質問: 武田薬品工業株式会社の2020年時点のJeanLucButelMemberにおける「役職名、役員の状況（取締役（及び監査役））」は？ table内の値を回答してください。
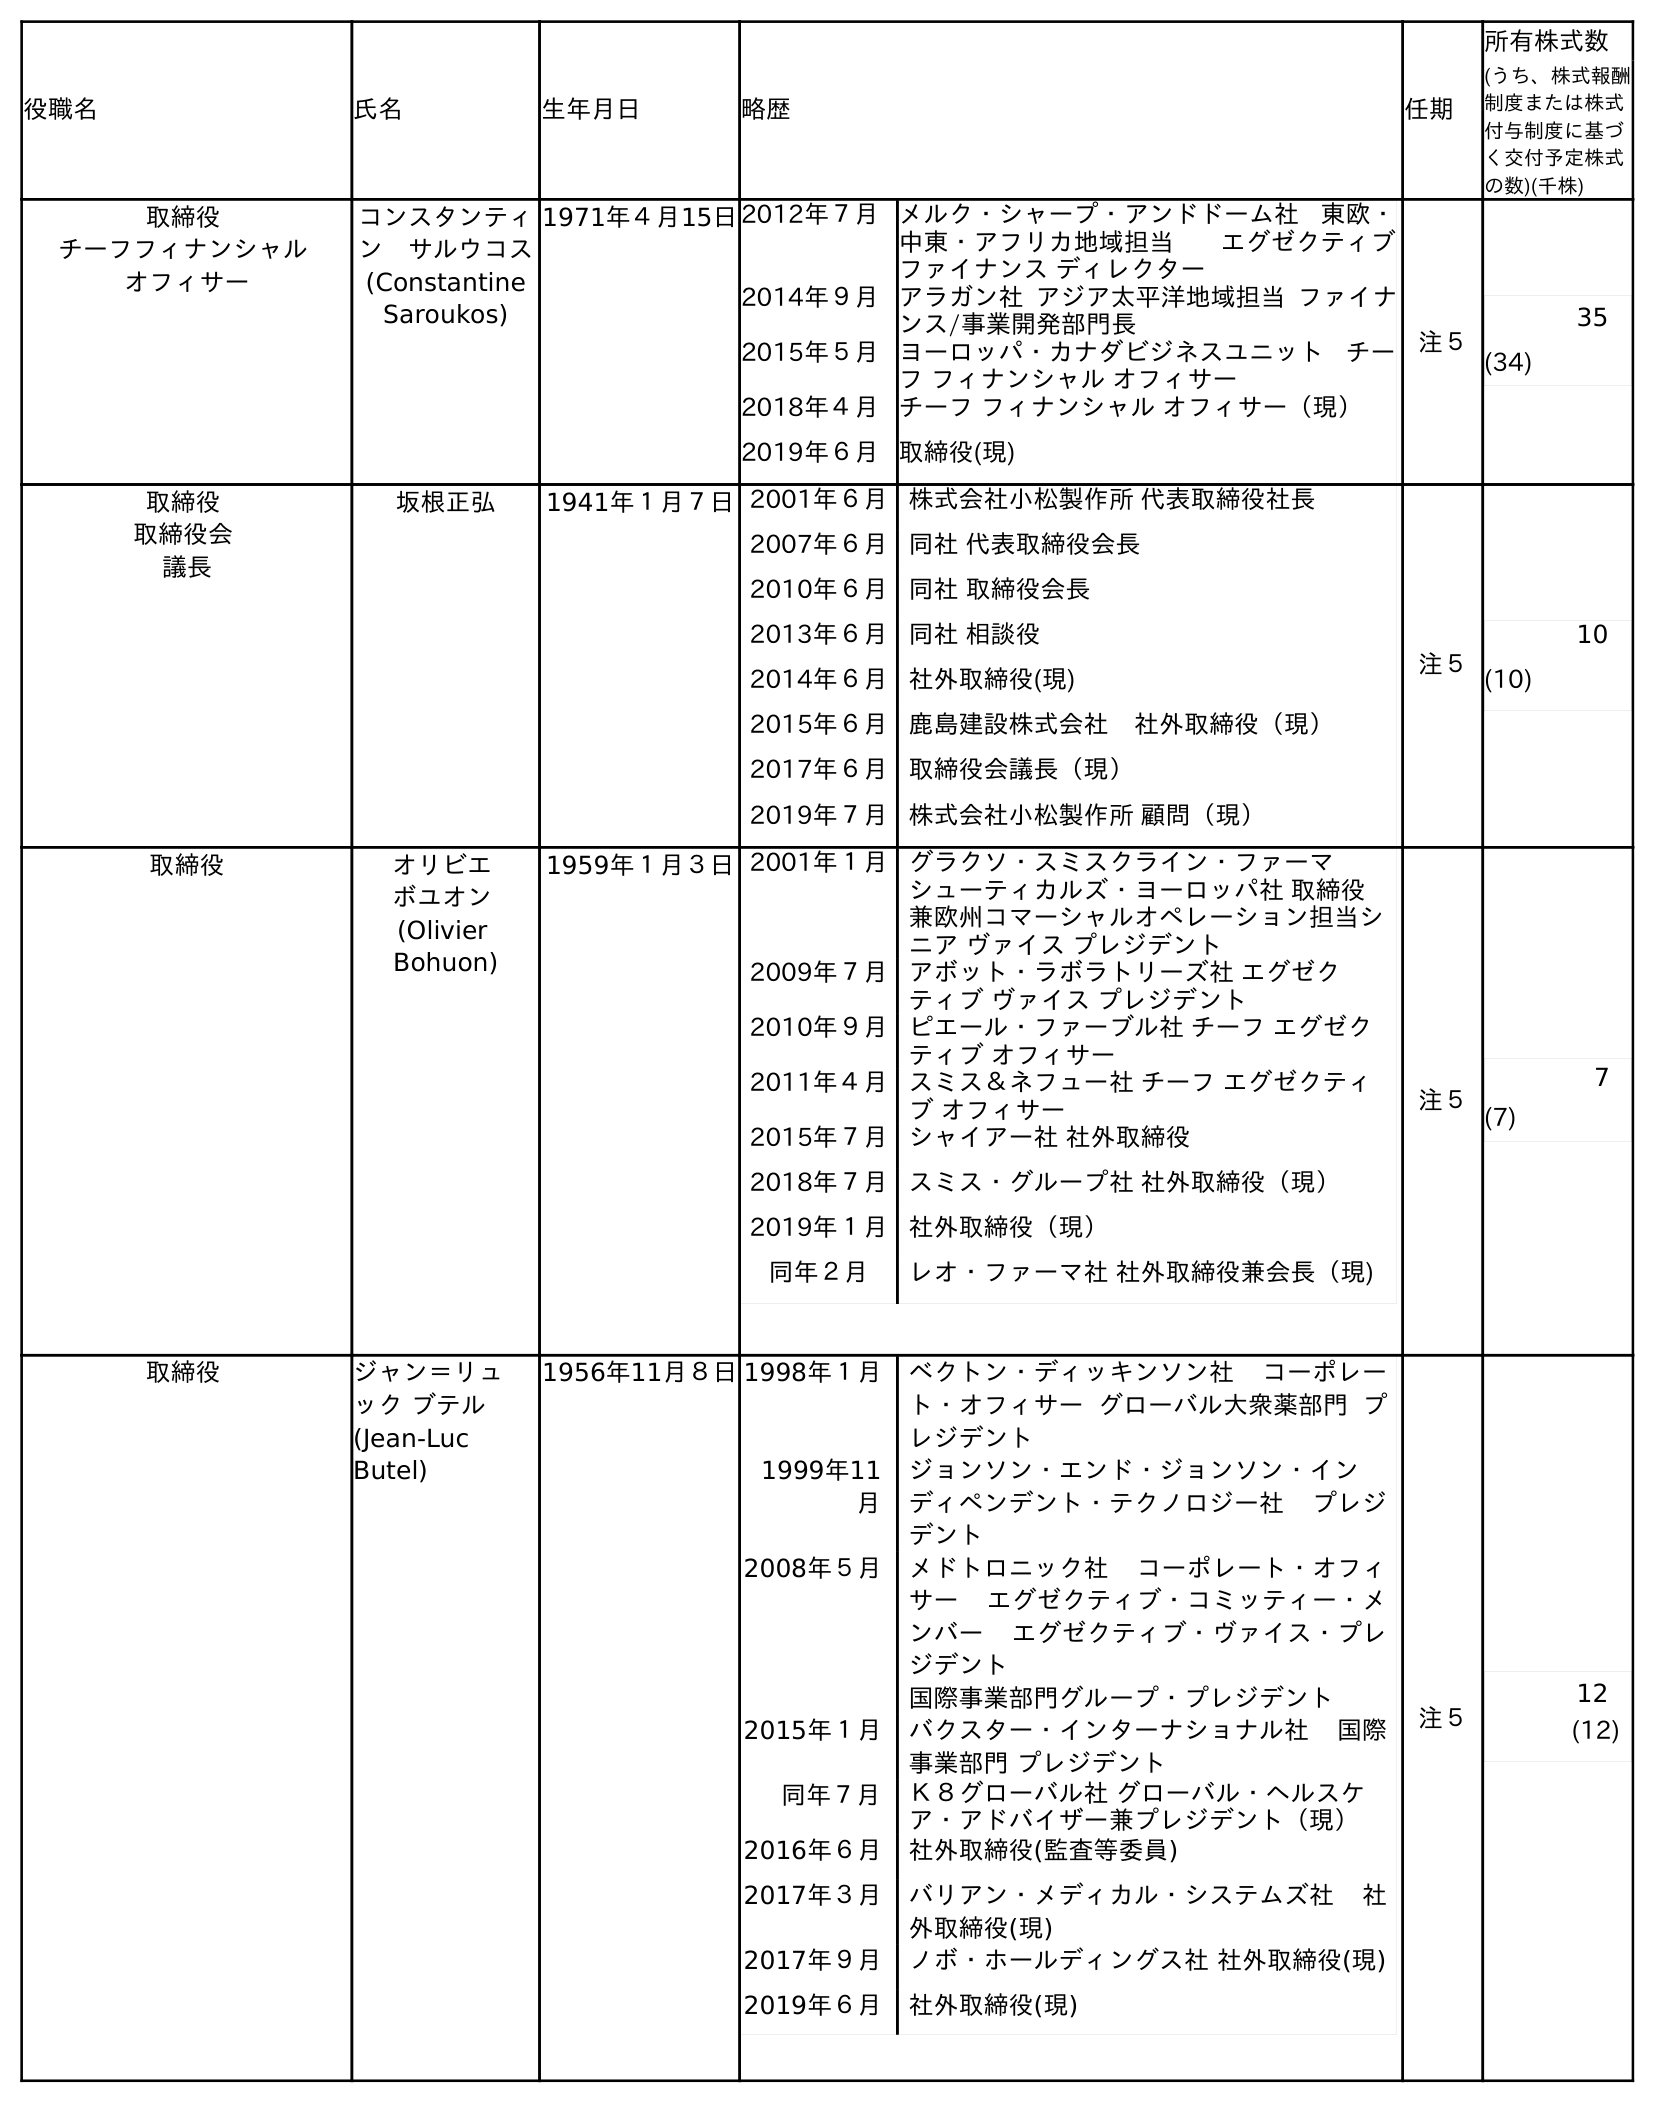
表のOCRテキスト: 役職名 氏名 生年月日 略歴 任期 所有株式数 (うち、株式報酬 制度または株式 付与制度に基づ く交付予定株式 の数)(千株) 取締役 チーフフィナンシャル オフィサー コンスタンティ ン サルウコス (Constantine Saroukos) 1971年４月15日2012年７月メルク・シャープ・アンドドーム社 東欧・ 中東・アフリカ地域担当 エグゼクティブ ファイナンス ディレクター 2014年９月アラガン社 アジア太平洋地域担当 ファイナ ンス/事業開発部門長 2015年５月ヨーロッパ・カナダビジネスユニット チー フ フィナンシャル オフィサー 2018年４月チーフ フィナンシャル オフィサー（現） 2019年６月取締役(現) 注５ 35 (34) 取締役 取締役会 議長 坂根正弘 1941年１月７日2001年６月 株式会社小松製作所 代表取締役社長 2007年６月 同社 代表取締役会長 2010年６月 同社 取締役会長 2013年６月 同社 相談役 2014年６月 社外取締役(現) 2015年６月 鹿島建設株式会社 社外取締役（現） 2017年６月 取締役会議長（現） 2019年７月 株式会社小松製作所 顧問（現） 注５ 10 (10) 取締役 オリビエ ボユオン (Olivier Bohuon) 1959年１月３日2001年１月 グラクソ・スミスクライン・ファーマ シューティカルズ・ヨーロッパ社 取締役 兼欧州コマーシャルオペレーション担当シ ニア ヴァイス プレジデント 2009年７月 アボット・ラボラトリーズ社 エグゼク ティブ ヴァイス プレジデント 2010年９月 ピエール・ファーブル社 チーフ エグゼク ティブ オフィサー 2011年４月 スミス＆ネフュー社 チーフ エグゼクティ ブ オフィサー 2015年７月 シャイアー社 社外取締役 2018年７月 スミス・グループ社 社外取締役（現） 2019年１月 社外取締役（現） 同年２月 レオ・ファーマ社 社外取締役兼会長（現) 注５ 7 (7) 取締役 ジャン＝リュ ック ブテル (Jean-Luc Butel) 1956年11月８日1998年１月 ベクトン・ディッキンソン社 コーポレー ト・オフィサー グローバル大衆薬部門 プ レジデント 1999年11 月 ジョンソン・エンド・ジョンソン・イン ディペンデント・テクノロジー社 プレジ デント 2008年５月 メドトロニック社 コーポレート・オフィ サー エグゼクティブ・コミッティー・メ ンバー エグゼクティブ・ヴァイス・プレ ジデント 国際事業部門グループ・プレジデント 2015年１月 バクスター・インターナショナル社 国際 事業部門 プレジデント 同年７月 Ｋ８グローバル社 グローバル・ヘルスケ ア・アドバイザー兼プレジデント（現） 2016年６月 社外取締役(監査等委員) 2017年３月 バリアン・メディカル・システムズ社 社 外取締役(現) 2017年９月 ノボ・ホールディングス社 社外取締役(現) 2019年６月 社外取締役(現) 注５ 12 (12)
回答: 取締役